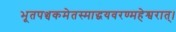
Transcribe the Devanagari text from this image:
भूतपञ्चकमेतस्माद्धयवरण्महेश्वरात्।